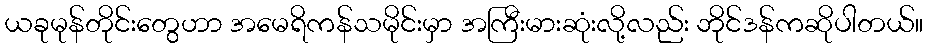
ယခုမုန်တိုင်းတွေဟာ အမေရိကန်သမိုင်းမှာ အကြီးမားဆုံးလို့လည်း ဘိုင်ဒန်ကဆိုပါတယ်။